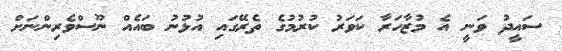
ސައީދު ވަނީ އެ މުޒާހަރާ ކަވަރު ކުރުމުގެ ތެރޭގައި އުޅުނު ބައެއް ނޫސްވެރިންނަށް